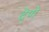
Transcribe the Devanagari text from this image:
दे्णे